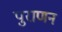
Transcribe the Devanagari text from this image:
पुराणन